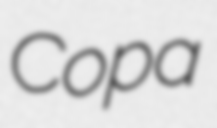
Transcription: Copa